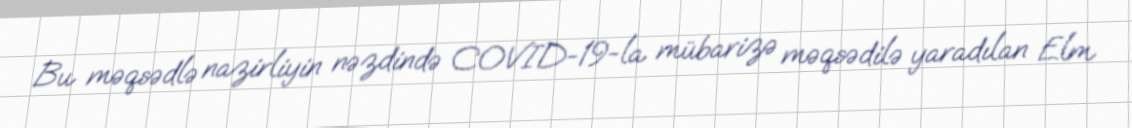
Bu məqsədlə nazirliyin nəzdində COVID-19-la mübarizə məqsədilə yaradılan Elm